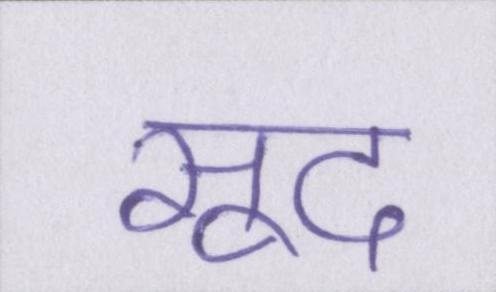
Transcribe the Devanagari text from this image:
सूद